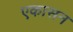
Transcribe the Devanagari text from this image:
एकासन